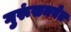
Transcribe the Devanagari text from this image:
गुरूंसमवेत